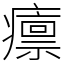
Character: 癝